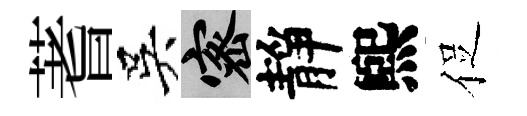
蓍吳密靜煕促